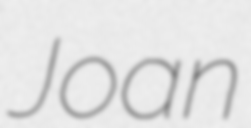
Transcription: Joan